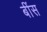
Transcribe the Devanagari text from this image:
बींस